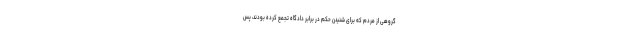
گروهی از مردم که برای شنیدن حکم در برابر دادگاه تجمع کرده بودند، پس